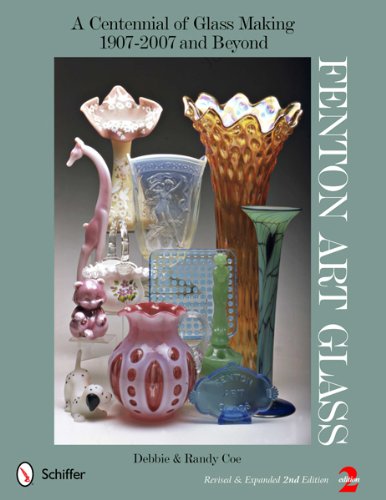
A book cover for Fenton Art Glass: A Centennial of Glass Making, 1907 to 2007; Debbie Coe; Crafts, Hobbies & Home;